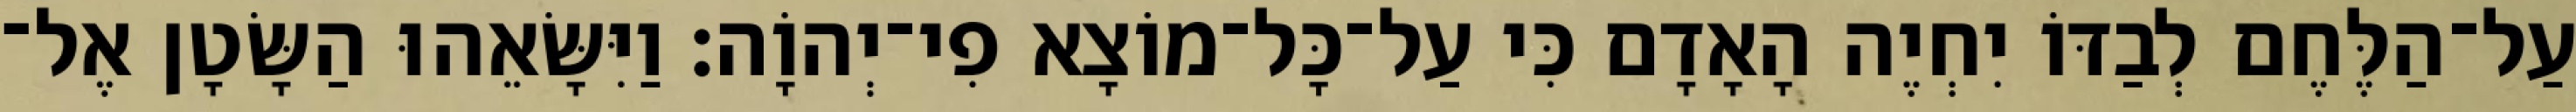
עַל־הַלֶּחֶם לְבַדּוֹ יִחְיֶה הָאָדָם כִּי עַל־כָּל־מוֹצָא פִי־יְהוָֹה׃ וַיִּשָּׂאֵהוּ הַשָּׂטָן אֶל־